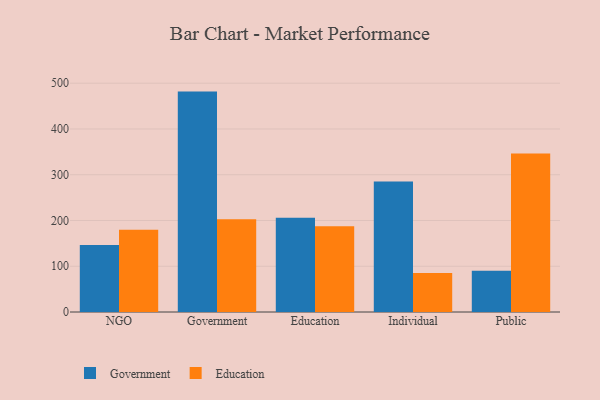
{"axis": {"x": "Segment", "y": "Demand Index"}, "legend": ["Education", "Government"], "data": [{"x": "NGO", "y": 146.3, "type": "Government"}, {"x": "NGO", "y": 179.5, "type": "Education"}, {"x": "Government", "y": 481.7, "type": "Government"}, {"x": "Government", "y": 202.9, "type": "Education"}, {"x": "Education", "y": 206.0, "type": "Government"}, {"x": "Education", "y": 187.5, "type": "Education"}, {"x": "Individual", "y": 285.1, "type": "Government"}, {"x": "Individual", "y": 85.4, "type": "Education"}, {"x": "Public", "y": 90.0, "type": "Government"}, {"x": "Public", "y": 346.3, "type": "Education"}]}